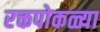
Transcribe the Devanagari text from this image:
रक्तपोकळ्या